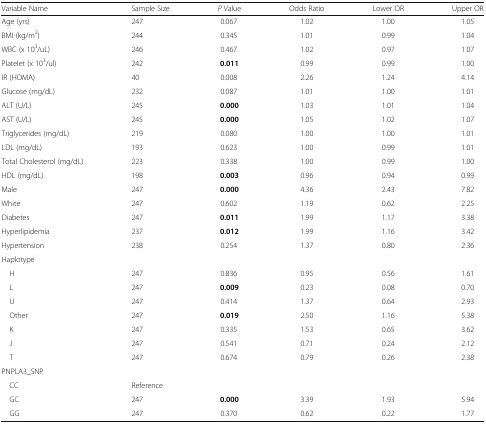
<table><thead><tr><td><b>Variable Name</b></td><td><b>Sample Size</b></td><td><b><i>P</i> Value</b></td><td><b>Odds Ratio</b></td><td><b>Lower OR</b></td><td><b>Upper OR</b></td></tr></thead><tbody><tr><td>Age (yrs)</td><td>247</td><td>0.067</td><td>1.02</td><td>1.00</td><td>1.05</td></tr><tr><td>BMI (kg/m<sup>2</sup>)</td><td>244</td><td>0.345</td><td>1.01</td><td>0.99</td><td>1.04</td></tr><tr><td>WBC (x 10<sup>3</sup>/uL)</td><td>246</td><td>0.467</td><td>1.02</td><td>0.97</td><td>1.07</td></tr><tr><td>Platelet (x 10<sup>3</sup>/ul)</td><td>242</td><td><b>0.011</b></td><td>0.99</td><td>0.99</td><td>1.00</td></tr><tr><td>IR (HOMA)</td><td>40</td><td>0.008</td><td>2.26</td><td>1.24</td><td>4.14</td></tr><tr><td>Glucose (mg/dL)</td><td>232</td><td>0.087</td><td>1.01</td><td>1.00</td><td>1.01</td></tr><tr><td>ALT (U/L)</td><td>245</td><td><b>0.000</b></td><td>1.03</td><td>1.01</td><td>1.04</td></tr><tr><td>AST (U/L)</td><td>245</td><td><b>0.000</b></td><td>1.05</td><td>1.02</td><td>1.07</td></tr><tr><td>Triglycerides (mg/dL)</td><td>219</td><td>0.080</td><td>1.00</td><td>1.00</td><td>1.01</td></tr><tr><td>LDL (mg/dL)</td><td>193</td><td>0.623</td><td>1.00</td><td>0.99</td><td>1.01</td></tr><tr><td>Total Cholesterol (mg/dL)</td><td>223</td><td>0.338</td><td>1.00</td><td>0.99</td><td>1.00</td></tr><tr><td>HDL (mg/dL)</td><td>198</td><td><b>0.003</b></td><td>0.96</td><td>0.94</td><td>0.99</td></tr><tr><td>Male</td><td>247</td><td><b>0.000</b></td><td>4.36</td><td>2.43</td><td>7.82</td></tr><tr><td>White</td><td>247</td><td>0.602</td><td>1.19</td><td>0.62</td><td>2.25</td></tr><tr><td>Diabetes</td><td>247</td><td><b>0.011</b></td><td>1.99</td><td>1.17</td><td>3.38</td></tr><tr><td>Hyperlipidemia</td><td>237</td><td><b>0.012</b></td><td>1.99</td><td>1.16</td><td>3.42</td></tr><tr><td>Hypertension</td><td>238</td><td>0.254</td><td>1.37</td><td>0.80</td><td>2.36</td></tr><tr><td colspan="6">Haplotype</td></tr><tr><td> H</td><td>247</td><td>0.836</td><td>0.95</td><td>0.56</td><td>1.61</td></tr><tr><td> L</td><td>247</td><td><b>0.009</b></td><td>0.23</td><td>0.08</td><td>0.70</td></tr><tr><td> U</td><td>247</td><td>0.414</td><td>1.37</td><td>0.64</td><td>2.93</td></tr><tr><td> Other</td><td>247</td><td><b>0.019</b></td><td>2.50</td><td>1.16</td><td>5.38</td></tr><tr><td> K</td><td>247</td><td>0.335</td><td>1.53</td><td>0.65</td><td>3.62</td></tr><tr><td> J</td><td>247</td><td>0.541</td><td>0.71</td><td>0.24</td><td>2.12</td></tr><tr><td> T</td><td>247</td><td>0.674</td><td>0.79</td><td>0.26</td><td>2.38</td></tr><tr><td colspan="6">PNPLA3_SNP</td></tr><tr><td> CC</td><td colspan="5">Reference</td></tr><tr><td> GC</td><td>247</td><td><b>0.000</b></td><td>3.39</td><td>1.93</td><td>5.94</td></tr><tr><td> GG</td><td>247</td><td>0.370</td><td>0.62</td><td>0.22</td><td>1.77</td></tr></tbody></table>